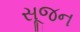
સૂજન